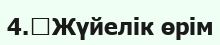
4.	Жүйелік өрім